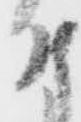
付